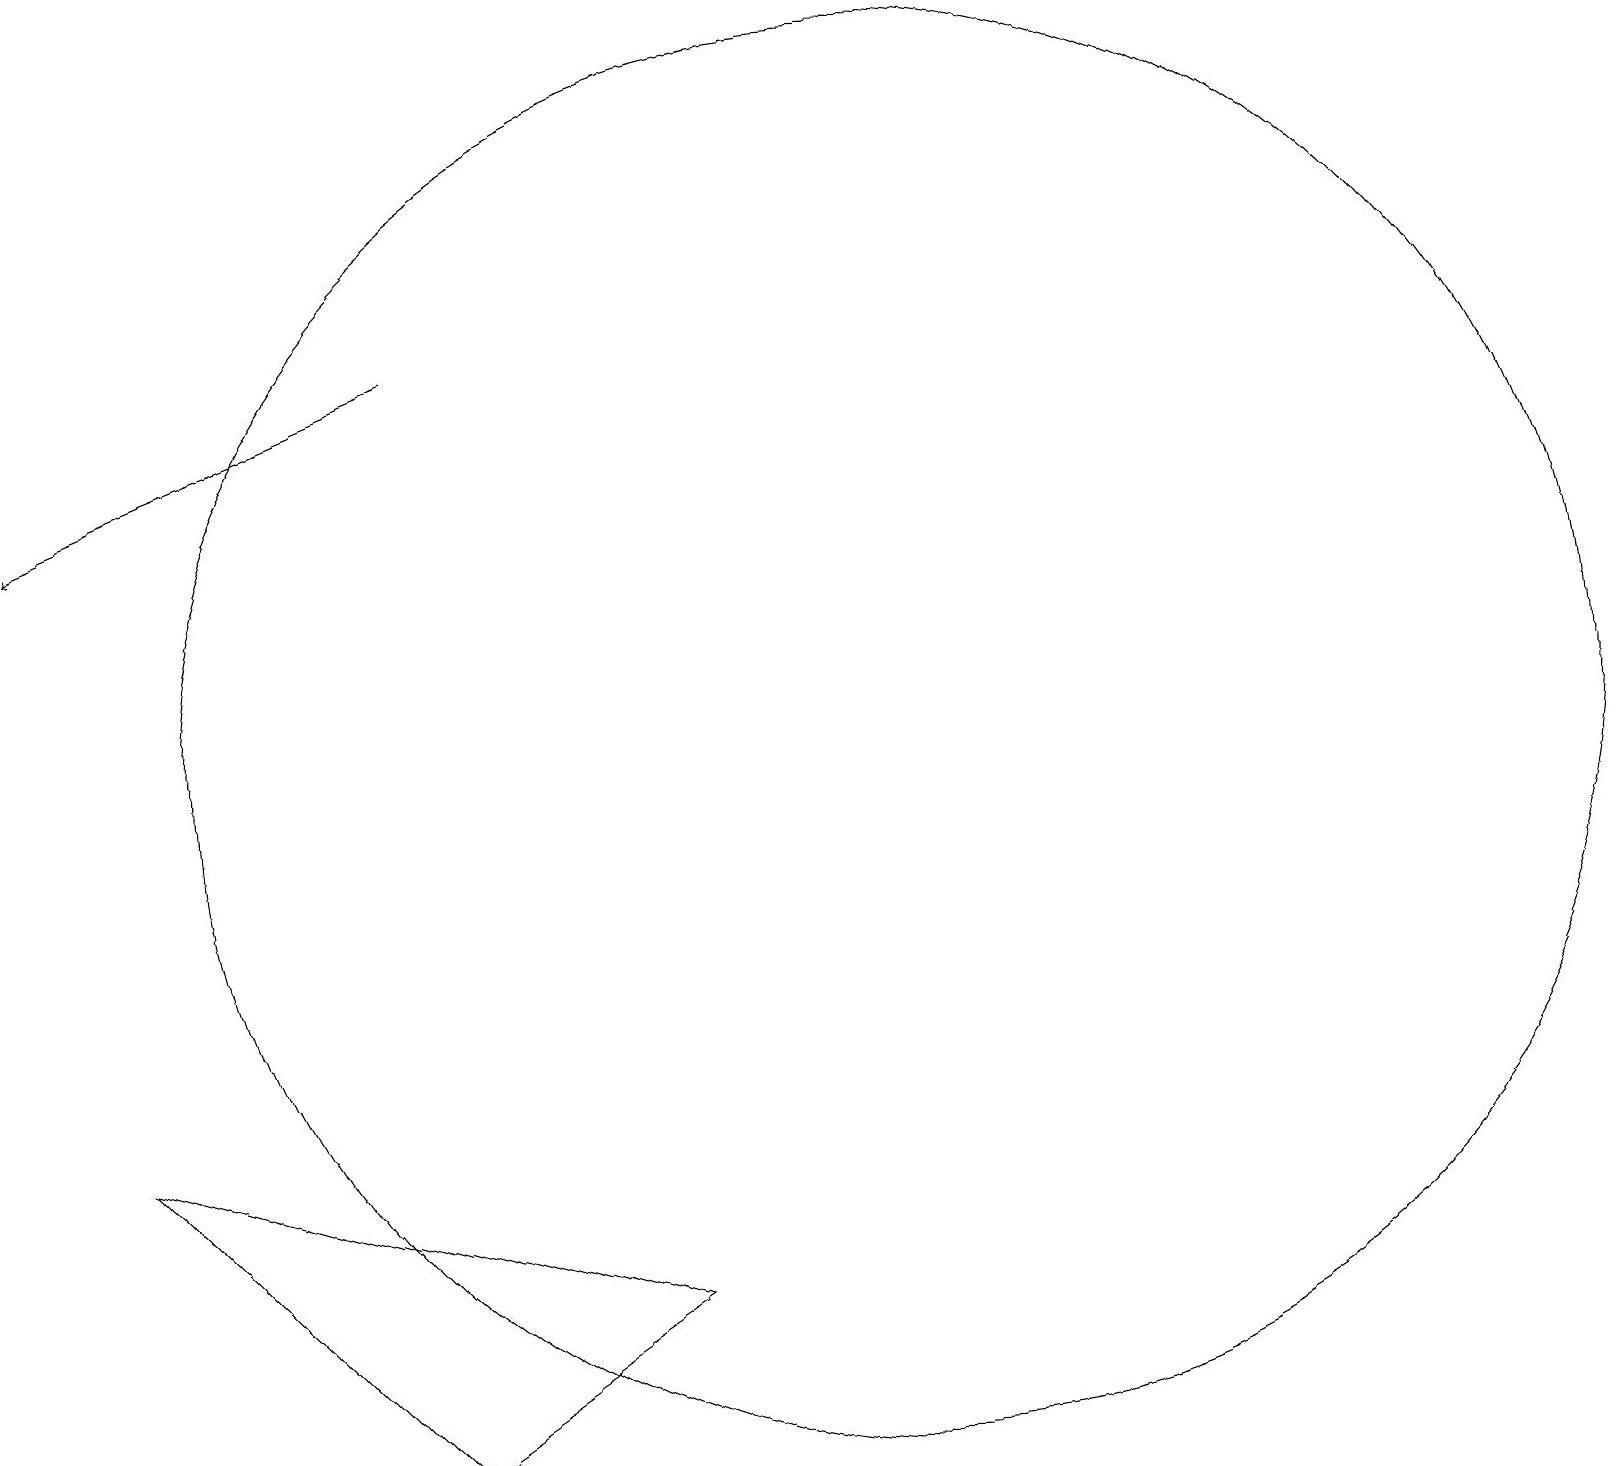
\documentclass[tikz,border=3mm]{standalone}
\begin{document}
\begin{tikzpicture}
\draw[->] (5,15) -- (0,13);
\draw (11,10) circle (9);
\draw (5,1) -- (1,5) -- (8,3) -- cycle;
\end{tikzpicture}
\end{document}